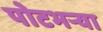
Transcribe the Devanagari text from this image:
पोटभऱ्या